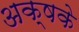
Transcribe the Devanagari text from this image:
अक्षके